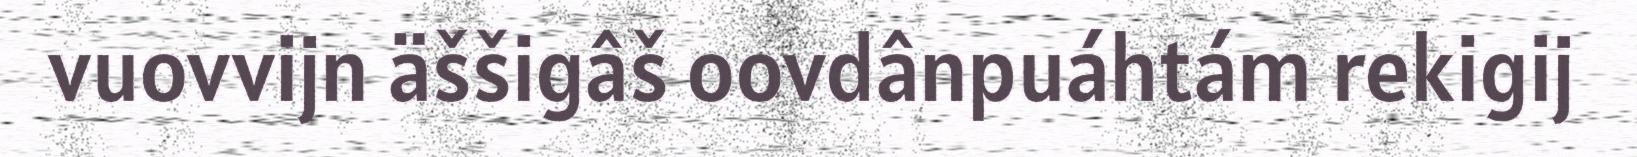
vuovvijn äššigâš oovdânpuáhtám rekigij